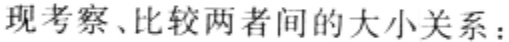
现考察、比较两者间的大小关系：